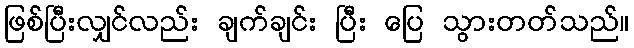
ဖြစ်ပြီးလျှင်လည်း ချက်ချင်း ပြီး ပြေ သွားတတ်သည်။